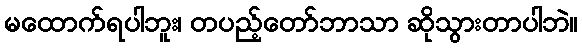
မထောက်ရပါဘူး၊ တပည့်တော်ဘာသာ ဆိုသွားတာပါဘဲ။